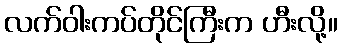
လက်ဝါးကပ်တိုင်ကြီးက ဟီးလို့။